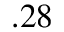
. 2 8